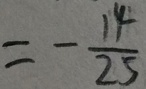
= - \frac { 1 4 } { 2 5 }